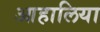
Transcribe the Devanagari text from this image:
आहालिया